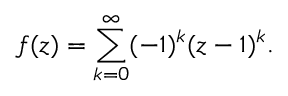
f ( z ) = \sum _ { k = 0 } ^ { \infty } ( - 1 ) ^ { k } ( z - 1 ) ^ { k } .